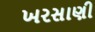
ખરસાણી